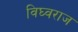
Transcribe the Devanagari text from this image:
विघ्वराज